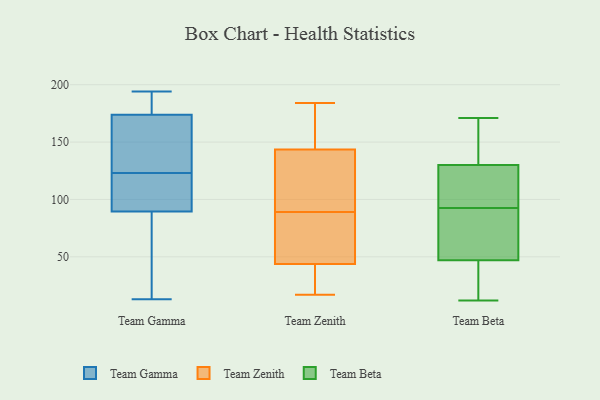
{"axis": {"x": "Inventory Turnover", "y": "Value"}, "legend": ["Team Beta", "Team Gamma", "Team Zenith"], "data": [{"x": "", "y": 82, "type": "Team Gamma"}, {"x": "", "y": 125, "type": "Team Gamma"}, {"x": "", "y": 166, "type": "Team Gamma"}, {"x": "", "y": 177, "type": "Team Gamma"}, {"x": "", "y": 13, "type": "Team Gamma"}, {"x": "", "y": 194, "type": "Team Gamma"}, {"x": "", "y": 123, "type": "Team Gamma"}, {"x": "", "y": 176, "type": "Team Gamma"}, {"x": "", "y": 65, "type": "Team Gamma"}, {"x": "", "y": 52, "type": "Team Gamma"}, {"x": "", "y": 194, "type": "Team Gamma"}, {"x": "", "y": 167, "type": "Team Gamma"}, {"x": "", "y": 182, "type": "Team Gamma"}, {"x": "", "y": 112, "type": "Team Gamma"}, {"x": "", "y": 37, "type": "Team Gamma"}, {"x": "", "y": 113, "type": "Team Gamma"}, {"x": "", "y": 119, "type": "Team Gamma"}, {"x": "", "y": 125, "type": "Team Gamma"}, {"x": "", "y": 119, "type": "Team Gamma"}, {"x": "", "y": 89, "type": "Team Zenith"}, {"x": "", "y": 63, "type": "Team Zenith"}, {"x": "", "y": 148, "type": "Team Zenith"}, {"x": "", "y": 39, "type": "Team Zenith"}, {"x": "", "y": 27, "type": "Team Zenith"}, {"x": "", "y": 58, "type": "Team Zenith"}, {"x": "", "y": 52, "type": "Team Zenith"}, {"x": "", "y": 96, "type": "Team Zenith"}, {"x": "", "y": 129, "type": "Team Zenith"}, {"x": "", "y": 130, "type": "Team Zenith"}, {"x": "", "y": 154, "type": "Team Zenith"}, {"x": "", "y": 17, "type": "Team Zenith"}, {"x": "", "y": 165, "type": "Team Zenith"}, {"x": "", "y": 184, "type": "Team Zenith"}, {"x": "", "y": 41, "type": "Team Zenith"}, {"x": "", "y": 47, "type": "Team Beta"}, {"x": "", "y": 155, "type": "Team Beta"}, {"x": "", "y": 102, "type": "Team Beta"}, {"x": "", "y": 71, "type": "Team Beta"}, {"x": "", "y": 171, "type": "Team Beta"}, {"x": "", "y": 130, "type": "Team Beta"}, {"x": "", "y": 102, "type": "Team Beta"}, {"x": "", "y": 42, "type": "Team Beta"}, {"x": "", "y": 12, "type": "Team Beta"}, {"x": "", "y": 83, "type": "Team Beta"}]}